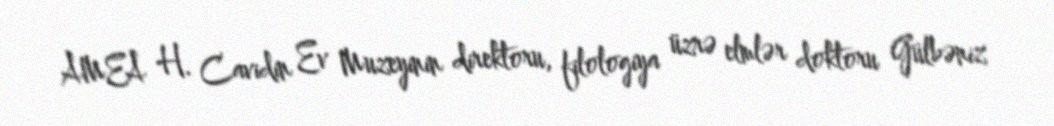
AMEA H. Cavidin Ev Muzeyinin direktoru, filologiya üzrə elmlər doktoru Gülbəniz